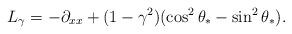
LaTeX: \begin{align*} L_\gamma = - \partial_{xx} + (1-\gamma^2)(\cos^2 \theta_*- \sin^2 \theta_*). \end{align*}